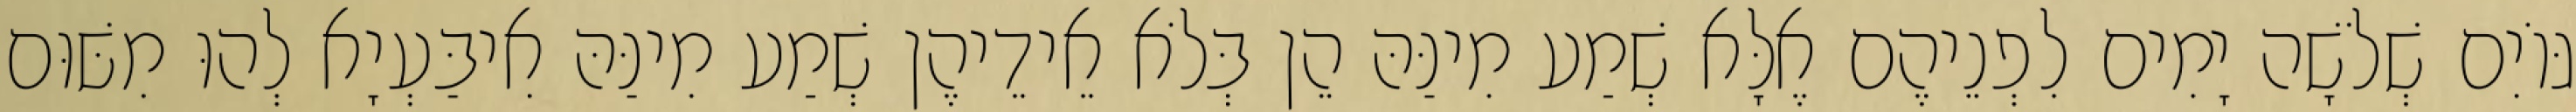
גּוֹיִם שְׁלֹשָׁה יָמִים לִפְנֵיהֶם אֶלָּא שְׁמַע מִינַּהּ הֵן בְּלֹא אֵידֵיהֶן שְׁמַע מִינַּהּ אִיבַּעְיָא לְהוּ מִשּׁוּם